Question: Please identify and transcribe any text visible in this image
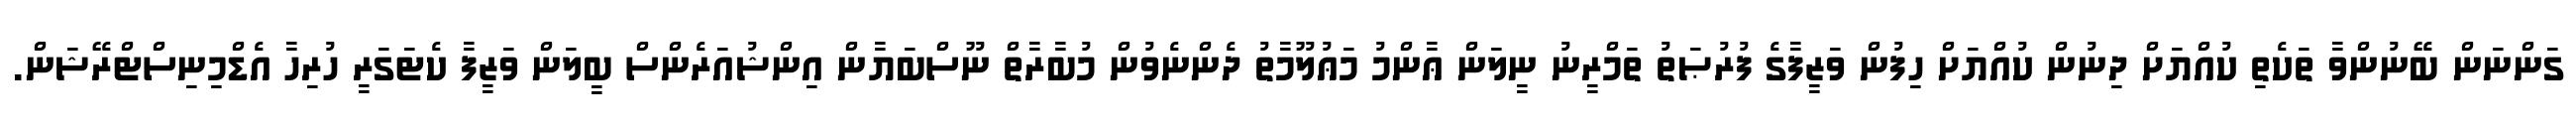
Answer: ގަންނަން ބޭނުންވާ ތަކެތި ކުއްޔަށް ދިނުން ކުއްޔަށް ހިފުން ވަޒީފާގެ ފުރުޞަތު ތަމްރީނު ނީލަން ޢާންމު މަޢުލޫމާތު ދެންނެވުން މުބާރާތް ނޫސްބަޔާން އިންޝުއަރެންސް ބީލަން ވަޒީފާ ކެޓަގަރީ ހުރިހާ އެޑްމިނިސްޓްރޭޝަން.